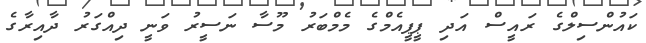
ކައުންސިލްގެ ރައީސް އަދި ޕީޕީއެމްގެ މެމްބަރު މޫސާ ނަސީރު ވަނީ ދިއްގަރު ދާއިރާގެ